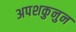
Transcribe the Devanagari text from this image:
अपशकुनुन